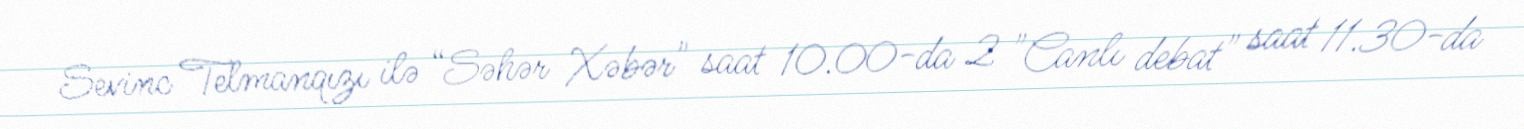
Sevinc Telmanqızı ilə “Səhər Xəbər" saat 10.00-da 2 "Canlı debat" saat 11.30-da